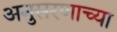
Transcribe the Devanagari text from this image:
अनुसरणाच्या